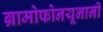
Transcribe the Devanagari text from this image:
ग्रामोफोनयूनानी